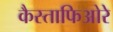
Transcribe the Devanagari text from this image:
कैस्ताफिओरे